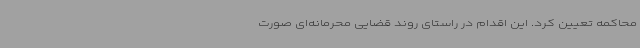
محاکمه تعیین کرد. این اقدام در راستای روند قضایی محرمانه‌ای صورت